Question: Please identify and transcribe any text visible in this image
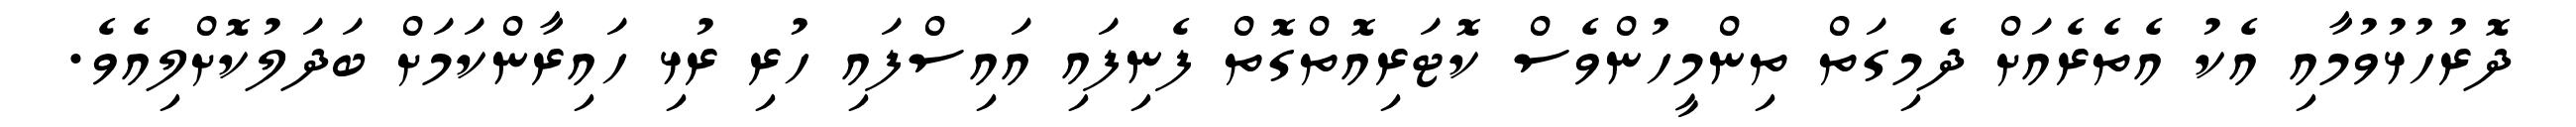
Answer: ދޮރުހުޅުވުމާއި އެކު އެތެރެއަށް ދެމިގަތް ތިންމީހުންވެސް ކޮޓަރިއޮތްގޮތް ފެނިފައި އައިސްފައި ހުރި ރުޅި ހައިރާންކަމަށް ބަދަލުކޮށްލިއެވެ.